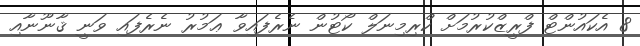
8 އެކައުންޓް ފްރީޒްކުރުމަށް ކްރިމިނަލް ކޯޓުން ނެރެފައިވާ ޢަމުރު ނެރެފައި ވަނީ ޤާނޫނާއި